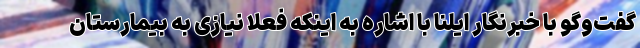
گفت‌وگو با خبرنگار ایلنا با اشاره به اینکه فعلا نیازی به بیمارستان